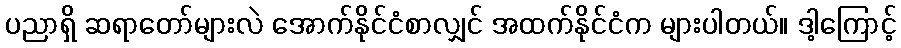
ပညာရှိ ဆရာတော်များလဲ အောက်နိုင်ငံစာလျှင် အထက်နိုင်ငံက များပါတယ်။ ဒါ့ကြောင့်